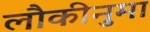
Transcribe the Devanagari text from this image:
लौकीनुमा